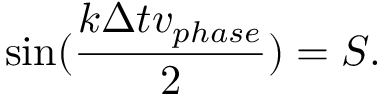
\sin ( \frac { k \Delta t v _ { p h a s e } } { 2 } ) = S .